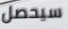
سيحصل